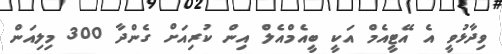
ވިދާޅުވީ އެ އޭޓީއެމް އަކީ ބީއެމްއެލް އިން ކުރިއަށް ގެންދާ 300 މިލިއަން